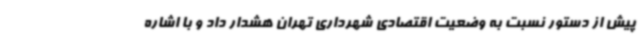
پیش از دستور نسبت به وضعیت اقتصادی شهرداری تهران هشدار داد و با اشاره